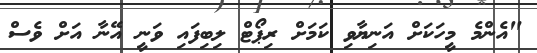
"އެންމެ މީހަކަށް އަނިޔާވި ކަމަށް ރިޕޯޓް ލިބިފައި ވަނީ އޭނާ އަށް ވެސް